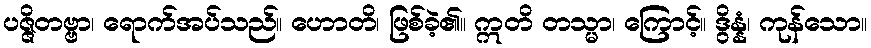
ပဇ္ဇိတဗ္ဗာ၊ ရောက်အပ်သည်။ ဟောတိ၊ ဖြစ်ခဲ့၏။ ဣတိ တသ္မာ၊ ကြောင့်။ ဒွိန္နံ၊ ကုန်သော။